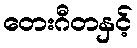
တေးဂီတနှင့်